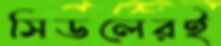
সিডলেরই